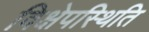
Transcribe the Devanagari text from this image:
विक्षेपस्थिति